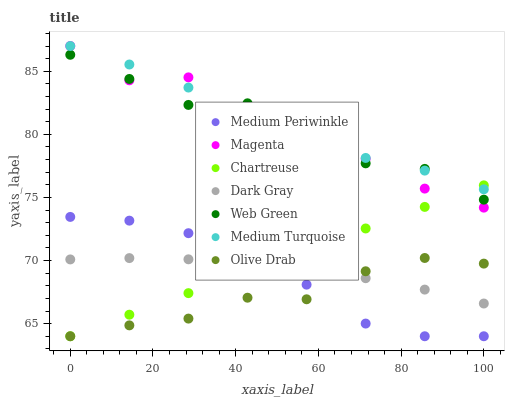
| xaxis_label | Medium Periwinkle | Magenta | Chartreuse | Dark Gray | Web Green | Medium Turquoise | Olive Drab |
 | --- | --- | --- | --- | --- | --- | --- | --- |
 | 0 | 73.5 | 87 | 64 | 70.1 | 86.3 | 87 | 64 |
 | 14.3 | 73.2 | 84.3 | 65.7 | 70.2 | 84.4 | 85.5 | 64.9 |
 | 28.6 | 72.2 | 84.5 | 67.4 | 70.1 | 82.3 | 83.7 | 65.4 |
 | 42.9 | 70.5 | 81.5 | 69.1 | 69.8 | 82.5 | 81.6 | 67.1 |
 | 57.1 | 68.1 | 80.3 | 70.8 | 69.3 | 80.4 | 79.4 | 66.9 |
 | 71.4 | 65 | 78.1 | 72.5 | 68.6 | 77.7 | 78.1 | 69.1 |
 | 85.7 | 64 | 75.7 | 74.2 | 67.7 | 77.3 | 77.1 | 70.2 |
 | 100 | 64 | 74.2 | 76 | 66.6 | 74.8 | 75.6 | 69.8 |